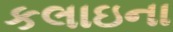
કલાઇના